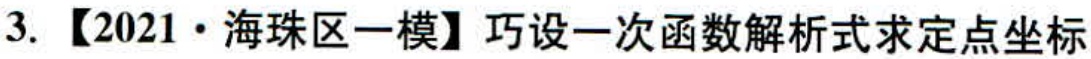
3.【2021·海珠区一模】巧设一次函数解析式求定点坐标